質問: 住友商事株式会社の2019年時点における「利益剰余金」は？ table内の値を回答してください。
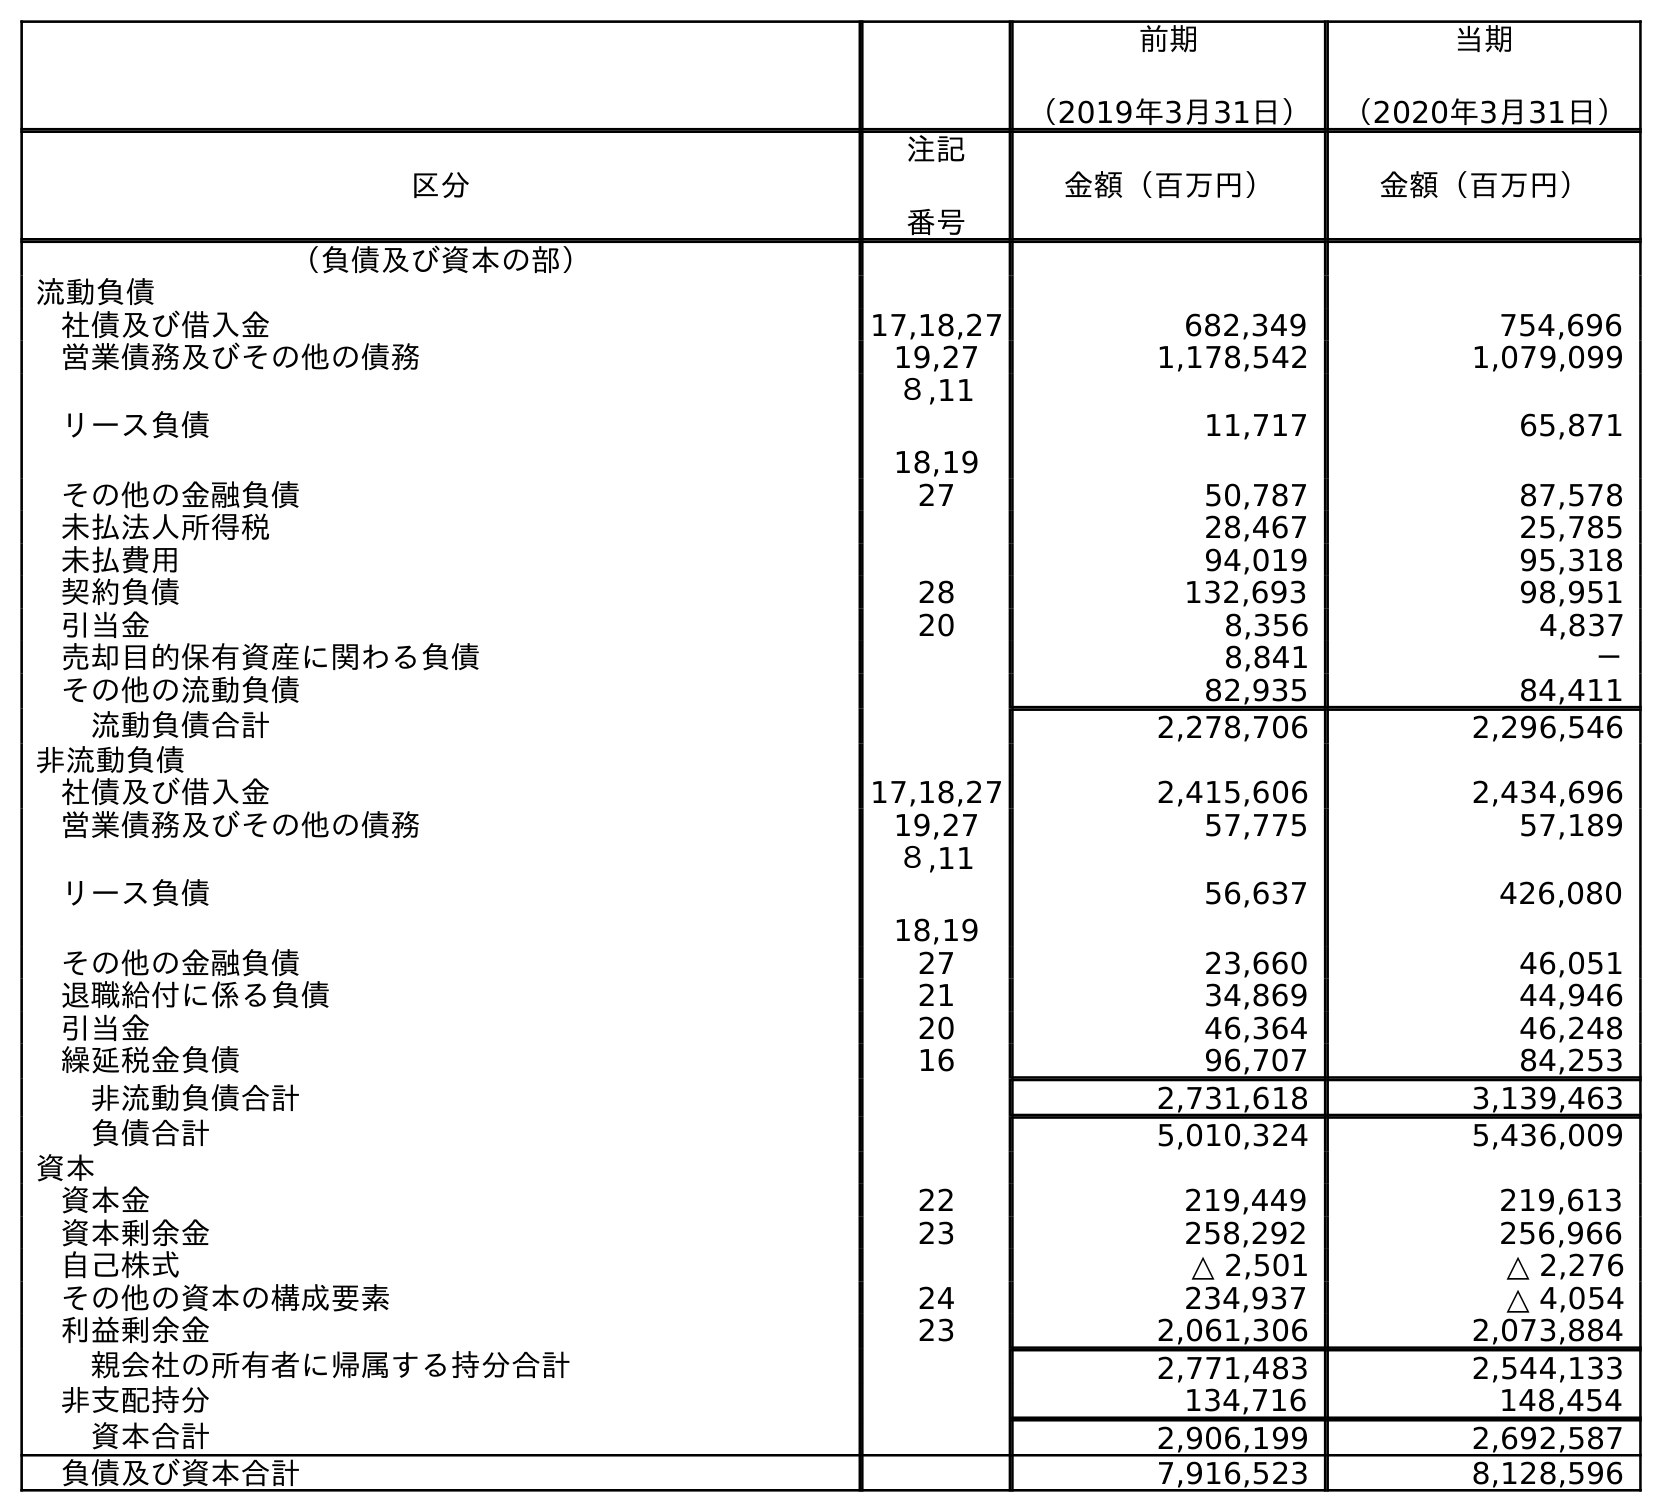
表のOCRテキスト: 前期 （2019年3月31日） 当期 （2020年3月31日） 区分 注記 番号 金額（百万円） 金額（百万円） （負債及び資本の部） 流動負債 社債及び借入金 17,18,27 682,349 754,696 営業債務及びその他の債務 19,27 1,178,542 1,079,099 リース負債 ８,11 18,19 11,717 65,871 その他の金融負債 27 50,787 87,578 未払法人所得税 28,467 25,785 未払費用 94,019 95,318 契約負債 28 132,693 98,951 引当金 20 8,356 4,837 売却目的保有資産に関わる負債 8,841 － その他の流動負債 82,935 84,411 流動負債合計 2,278,706 2,296,546 非流動負債 社債及び借入金 17,18,27 2,415,606 2,434,696 営業債務及びその他の債務 19,27 57,775 57,189 リース負債 ８,11 18,19 56,637 426,080 その他の金融負債 27 23,660 46,051 退職給付に係る負債 21 34,869 44,946 引当金 20 46,364 46,248 繰延税金負債 16 96,707 84,253 非流動負債合計 2,731,618 3,139,463 負債合計 5,010,324 5,436,009 資本 資本金 22 219,449 219,613 資本剰余金 23 258,292 256,966 自己株式 △ 2,501 △ 2,276 その他の資本の構成要素 24 234,937 △ 4,054 利益剰余金 23 2,061,306 2,073,884 親会社の所有者に帰属する持分合計 2,771,483 2,544,133 非支配持分 134,716 148,454 資本合計 2,906,199 2,692,587 負債及び資本合計 7,916,523 8,128,596
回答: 2,061,306